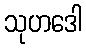
သုဟဒေါ